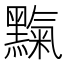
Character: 𪒉